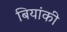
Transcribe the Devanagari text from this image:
बियांकी